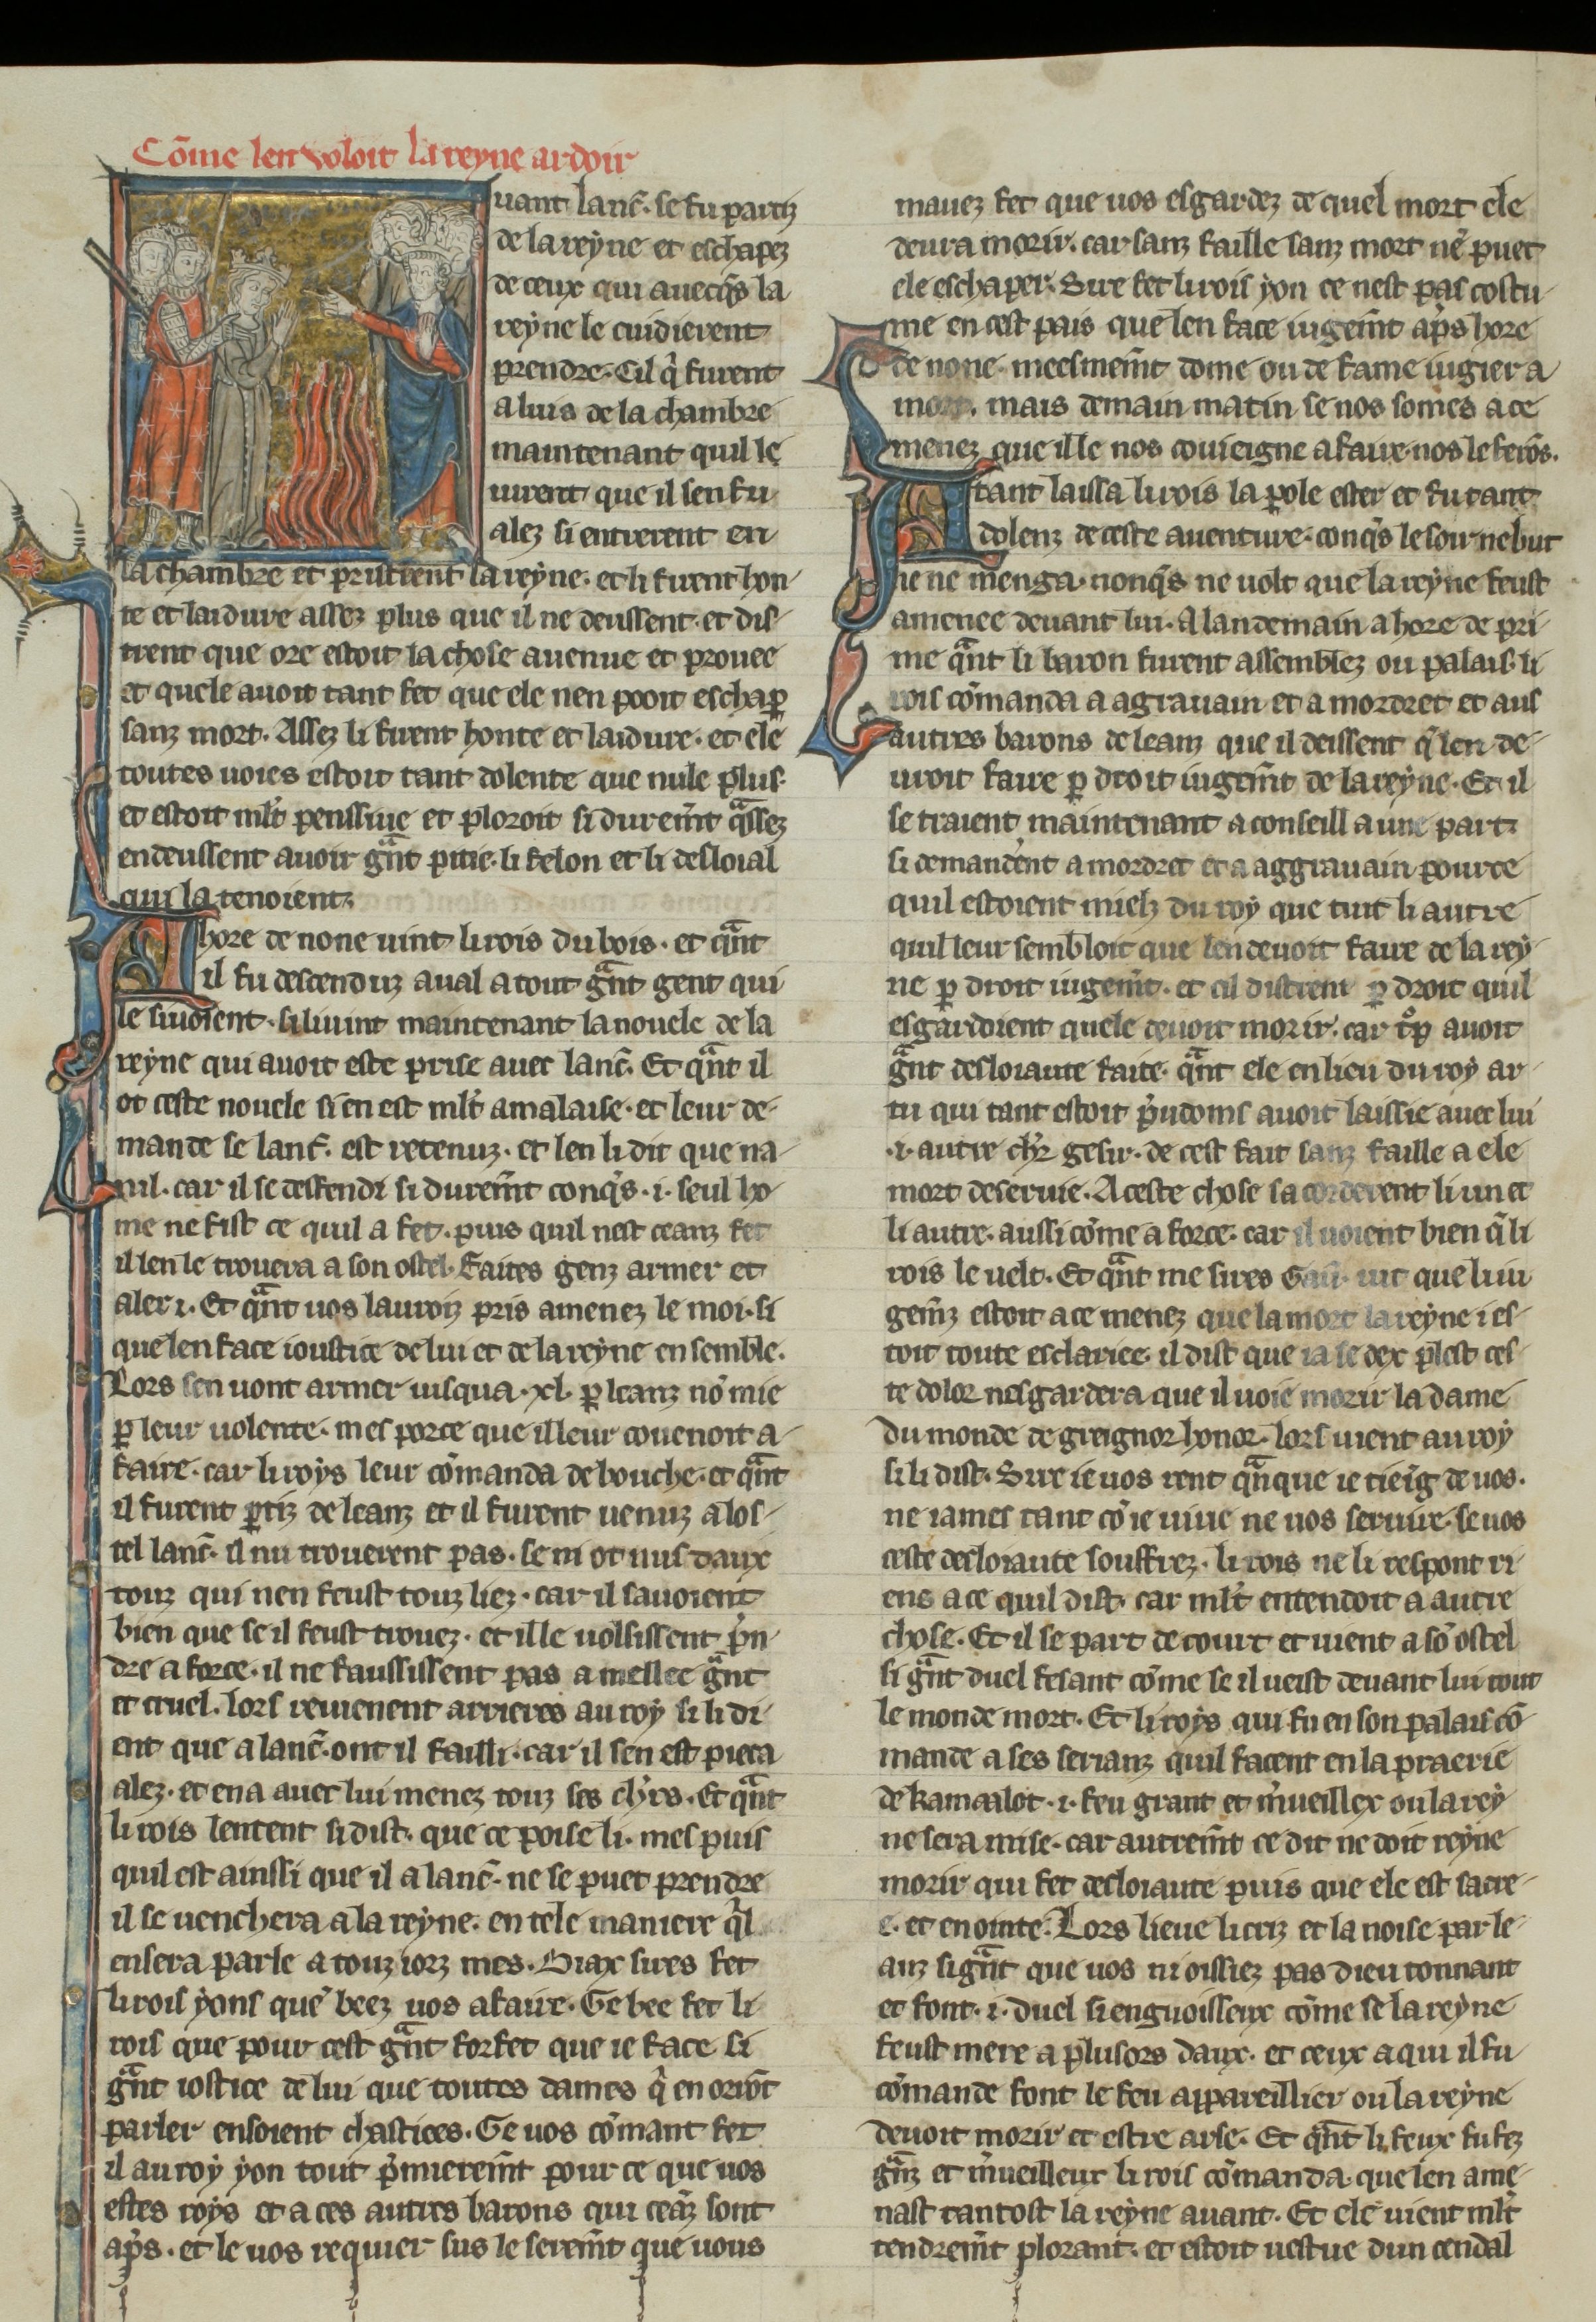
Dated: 1270–1299